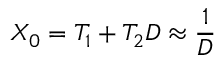
X _ { 0 } = T _ { 1 } + T _ { 2 } D \approx { \frac { 1 } { D } }